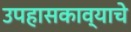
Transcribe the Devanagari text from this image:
उपहासकाव्याचे